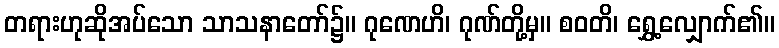
တရားဟုဆိုအပ်သော သာသနာတော်၌။ ဂုဏေဟိ၊ ဂုဏ်တို့မှ။ စဝတိ၊ ရွှေ့လျှောက်၏။